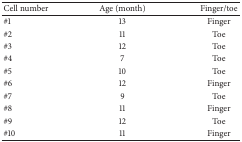
<table><thead><tr><td><b>Cell number</b></td><td><b>Age (month)</b></td><td><b>Finger/toe</b></td></tr></thead><tbody><tr><td>#1</td><td>13</td><td>Finger</td></tr><tr><td>#2</td><td>11</td><td>Toe</td></tr><tr><td>#3</td><td>12</td><td>Toe</td></tr><tr><td>#4</td><td>7</td><td>Toe</td></tr><tr><td>#5</td><td>10</td><td>Toe</td></tr><tr><td>#6</td><td>12</td><td>Finger</td></tr><tr><td>#7</td><td>9</td><td>Toe</td></tr><tr><td>#8</td><td>11</td><td>Finger</td></tr><tr><td>#9</td><td>12</td><td>Toe</td></tr><tr><td>#10</td><td>11</td><td>Finger</td></tr></tbody></table>